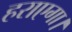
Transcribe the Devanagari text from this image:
हराएगा।